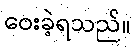
ဝေးခဲ့ရသည်။